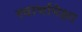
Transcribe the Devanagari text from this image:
स्वार्थापेक्षा